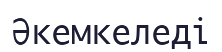
Әкемкеледі